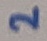
Text: 2